画像に写った文字を読んでください
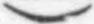
「)」と書いてあります